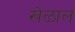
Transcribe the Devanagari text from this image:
खेळाल